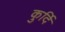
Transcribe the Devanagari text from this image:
कुर्दि